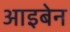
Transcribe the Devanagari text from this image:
आइबेन